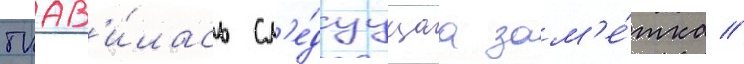
поав'и́лась сл'е́дуущаа зам'е́тка //